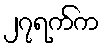
၂၇ရက်က